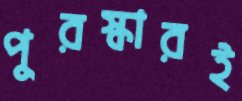
পুরস্কারই